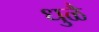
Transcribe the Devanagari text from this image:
धुळै